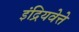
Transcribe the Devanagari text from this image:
इंद्रियवेत्ते